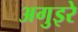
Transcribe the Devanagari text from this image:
अगुइरे